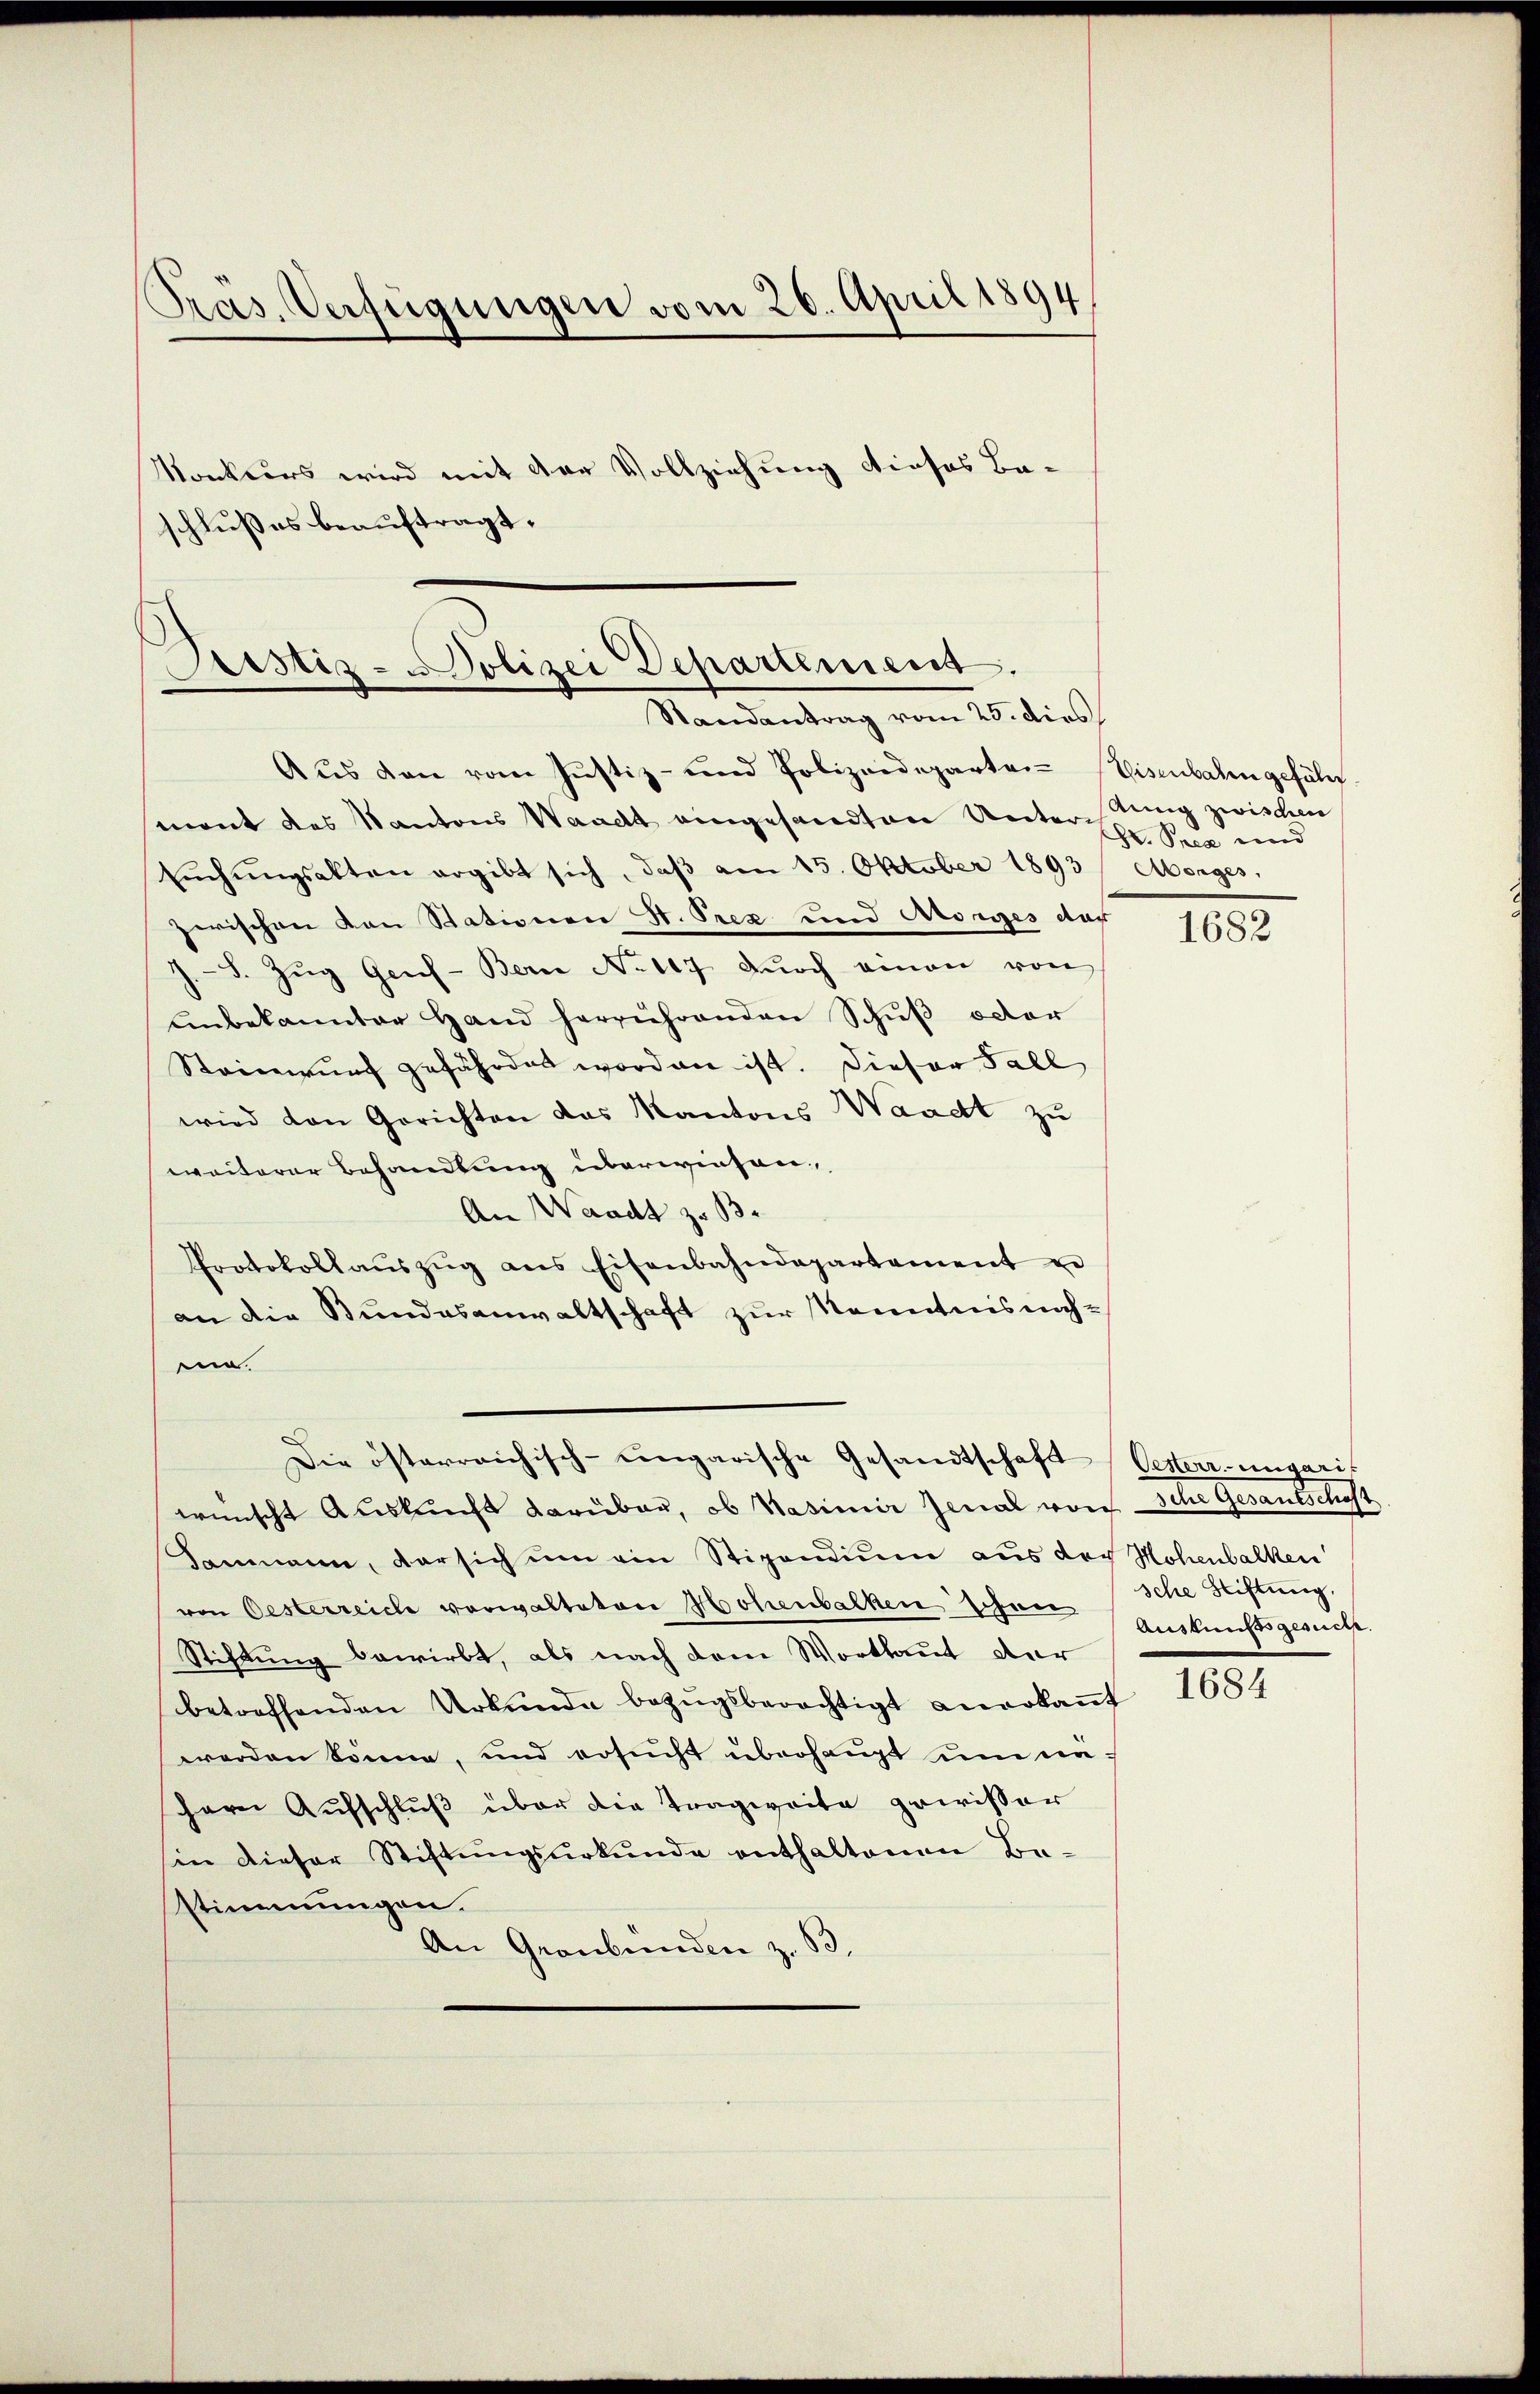
Präs. Verfügungen vom 26. April 1894

schlußes beauftragt.

Justiz - Polizei Departement.
Randantrag vom 25. dies

Aŭs den vom Justiz- und Polizeideparten Eisenbahngefühls
mont des Kantons Waadt eingesandten Unterstung zwischen
Eŭchŭngsakten ergibt sich, daβ am 15. Oktober 1893 Morges,
zerischen von Stationen St. Prez und Morges der
J.F. Zŭg Gens-Bern No 107 dŭrch einen von
Unbekannter Hand herrührenden Schuß oder
Steinwŭrf gefährdet worden ist. Dieser Fall
wird von Gerichten das Kantons Waadt zu
weiterer Behandlung überwiesen,
An Waadt zu Be
Protokollaŭszŭg ans Eisenbahndepartement u
an die Bundesanwaltschaft zur Kenntnisnahei.
Die österreichisch-ungarische Gesandtschaft
wünscht Auskunft darüber, ob Kasimir Jenal von sche Gesantschaft
Sanmann, der sich um ein Stipendium aus der Hohenbalken
von Oesterreich verwalteten Hohenbalken schon
Stiftung bewirbt, als nach dem Wortlaut der
betreffenden Urkunde bezŭgsberechtigt anerkaṅt
werden könne, und ersucht überhaupt um dacher Aufschluß über die Tragweite gewisser
sin dieser Stiftŭngsŭrkŭnde enthaltenen Be-
stimmungen.
An Graubünden z. B.

Konkurs wird mit der Vollziehung dieses Ba-

H. Prea und

1682

Oesterr.-ungari-
sche Stiftung
Auskunftsgesuche

1684